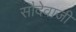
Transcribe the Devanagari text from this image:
सौदेवाजी